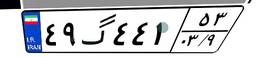
۴۹گ۴۴۱۵۳